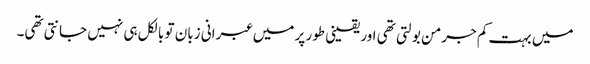
میں بہت کم جرمن بولتی تھی اور یقینی طور پر میں عبرانی زبان تو بالکل ہی نہیں جانتی تھی۔